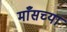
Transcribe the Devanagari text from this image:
माँसच्या